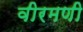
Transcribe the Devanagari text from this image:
वीरमणी